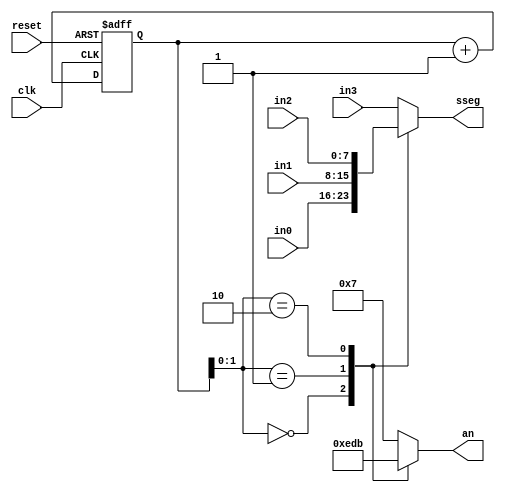
module disp_mux
(
input wire clk, reset,
input [7:0] in0, in1, in2, in3,
output reg [3:0] an,
output reg [7:0] sseg
);

localparam N=18;

reg [N-1:0] q_reg;
wire [N-1:0] q_next;

always @(posedge clk, posedge reset)
	if (reset)
		q_reg<=0;
	else
		q_reg<=q_next;

assign q_next=q_reg+1;

always @*
	case(q_reg[1:0])
		2'b00:
			begin
				an=4'b1110;
				sseg=in0;
			end
		2'b01:
			begin
				an=4'b1101;
				sseg=in1;
			end
		2'b10:
			begin
				an=4'b1011;
				sseg=in2;
			end
		default:
		  begin
		    an=4'b0111;
		    sseg=in3;
		  end
	endcase
endmodule